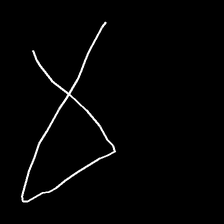
Glyph: collection